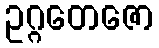
ဥဂ္ဂတေဇော